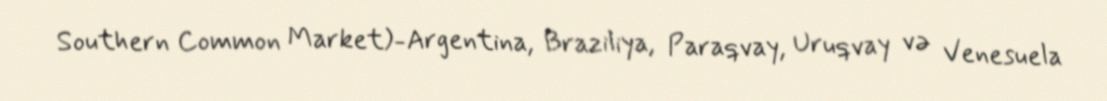
Southern Common Market)-Argentina, Braziliya, Paraqvay, Uruqvay və Venesuela